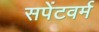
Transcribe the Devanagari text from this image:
सपेंटवर्म